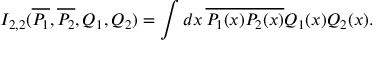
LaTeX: I _ { 2 , 2 } ( \overline { { { P _ { 1 } } } } , \overline { { { P _ { 2 } } } } , Q _ { 1 } , Q _ { 2 } ) = \int d x \, \overline { { { P _ { 1 } ( x ) } } } \overline { { { P _ { 2 } ( x ) } } } Q _ { 1 } ( x ) Q _ { 2 } ( x ) .